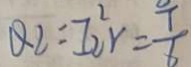
Q _ { 2 } = I 2 ^ { 2 } _ { 2 } Y = \frac { T } { 6 }